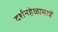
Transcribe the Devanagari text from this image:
दर्शनहेळामात्रें